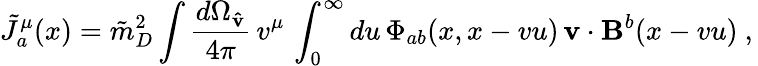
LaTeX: {\tilde{J}}_{a}^{\mu}(x)={\tilde{m}}_{D}^{2}\int\frac{d\Omega_{\mathbf{\hat{v}}}}{4\pi}\, v^{\mu}\, \int_{0}^{\infty}du\, \Phi_{ab}(x,x-vu)\, {\mathbf v}\cdot{\mathbf B}^{b}(x-vu)\ ,\,